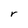
Character: r